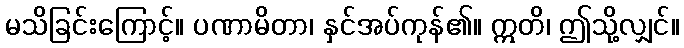
မသိခြင်းကြောင့်။ ပဏာမိတာ၊ နှင်အပ်ကုန်၏။ ဣတိ၊ ဤသို့လျှင်။